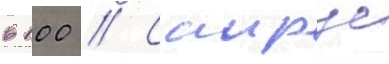
в 100 // Саирус